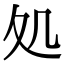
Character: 処